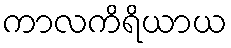
ကာလကိရိယာယ